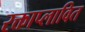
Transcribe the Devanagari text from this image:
रक्ताप्लावित